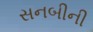
સનબીની